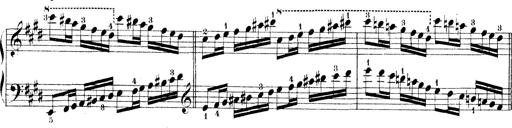
Title: Technische Studien
Composer: Franz Liszt